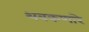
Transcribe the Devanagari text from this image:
थबकणारे